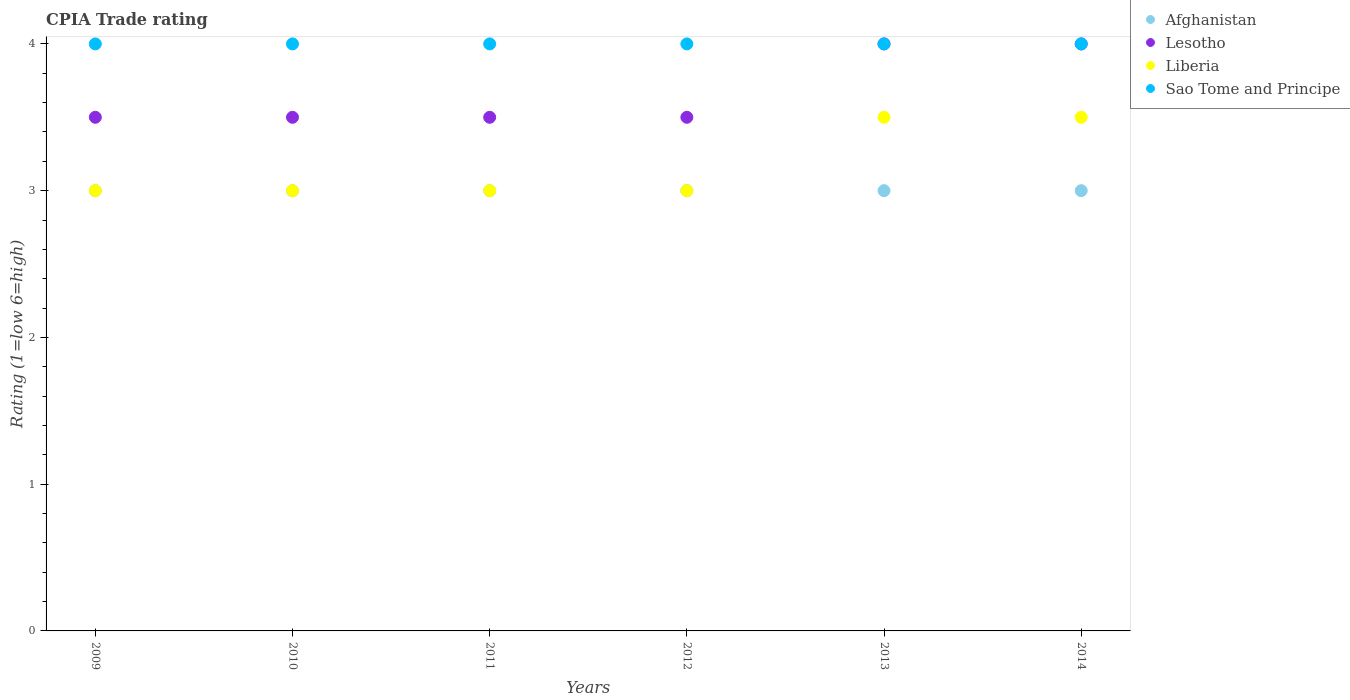
| Years | Afghanistan | Lesotho | Liberia | Sao Tome and Principe |
 | --- | --- | --- | --- | --- |
 | 2009 | 3 | 3.5 | 3 | 4 |
 | 2010 | 3 | 3.5 | 3 | 4 |
 | 2011 | 3 | 3.5 | 3 | 4 |
 | 2012 | 3 | 3.5 | 3 | 4 |
 | 2013 | 3 | 4 | 3.5 | 4 |
 | 2014 | 3 | 4 | 3.5 | 4 |